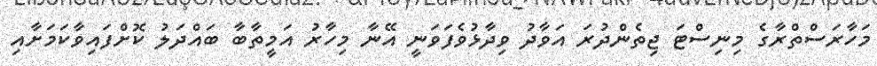
މަހާރަސްތްރާގެ މިނިސްޓަ ޖިތެންދުރަ އަވާދު ވިދާޅުވެފަވަނީ އޭނާ މިހާރު އަމީތާބާ ބައްދަލު ކޮށްފައިވާކަމަށާއި